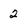
Character: 2